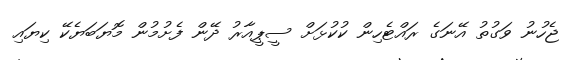
ޖެހުނު ވަގުތު އޭނަގެ ރައްޓެހިން ކުކުޅަށް ސީޕީއާރު ދޭން ފެށުމުން މޮޔަބަޔެކޭ ކިޔައި